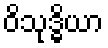
ဝိသုဒ္ဓိယာ